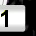
Digit: 1